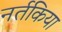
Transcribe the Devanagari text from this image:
नर्तकिया